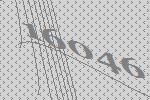
16046